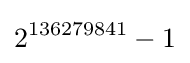
2^{136279841}-1